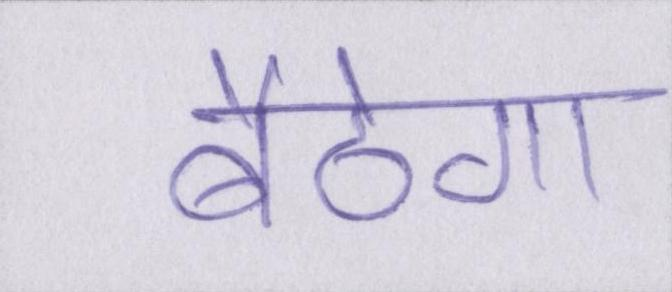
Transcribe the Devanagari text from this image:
बैठेगा